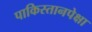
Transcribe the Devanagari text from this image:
पाकिस्तानपेक्षा